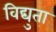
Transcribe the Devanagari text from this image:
विद्युता